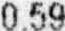
0.59